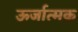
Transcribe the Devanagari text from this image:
ऊर्जात्मक